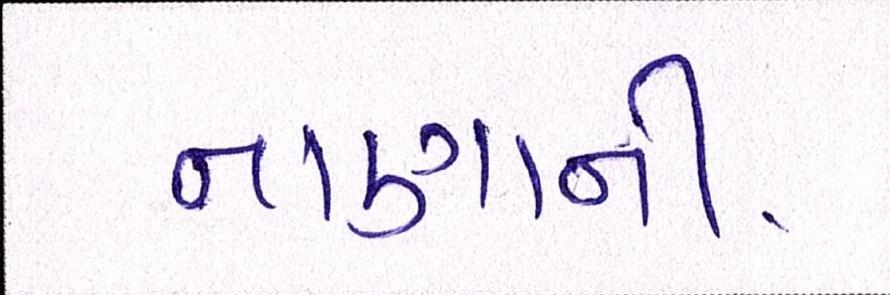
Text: નાણાંની